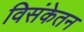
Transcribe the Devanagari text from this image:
विसंकेतन